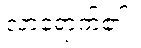
လာရောက်၏။